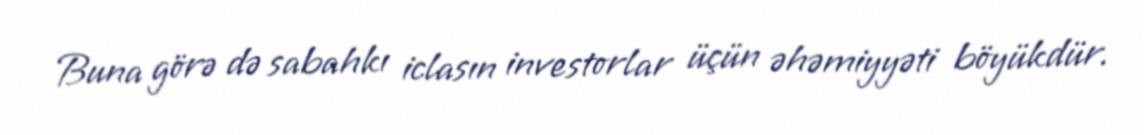
Buna görə də sabahkı iclasın investorlar üçün əhəmiyyəti böyükdür.